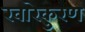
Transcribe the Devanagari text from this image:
खारेकुरण